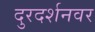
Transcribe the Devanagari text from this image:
दुरदर्शनवर